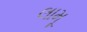
લામૂ